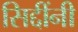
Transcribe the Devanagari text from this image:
सिद्दींनी